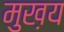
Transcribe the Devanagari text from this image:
मुख़य